Virumaa_algkoolid, lk 13
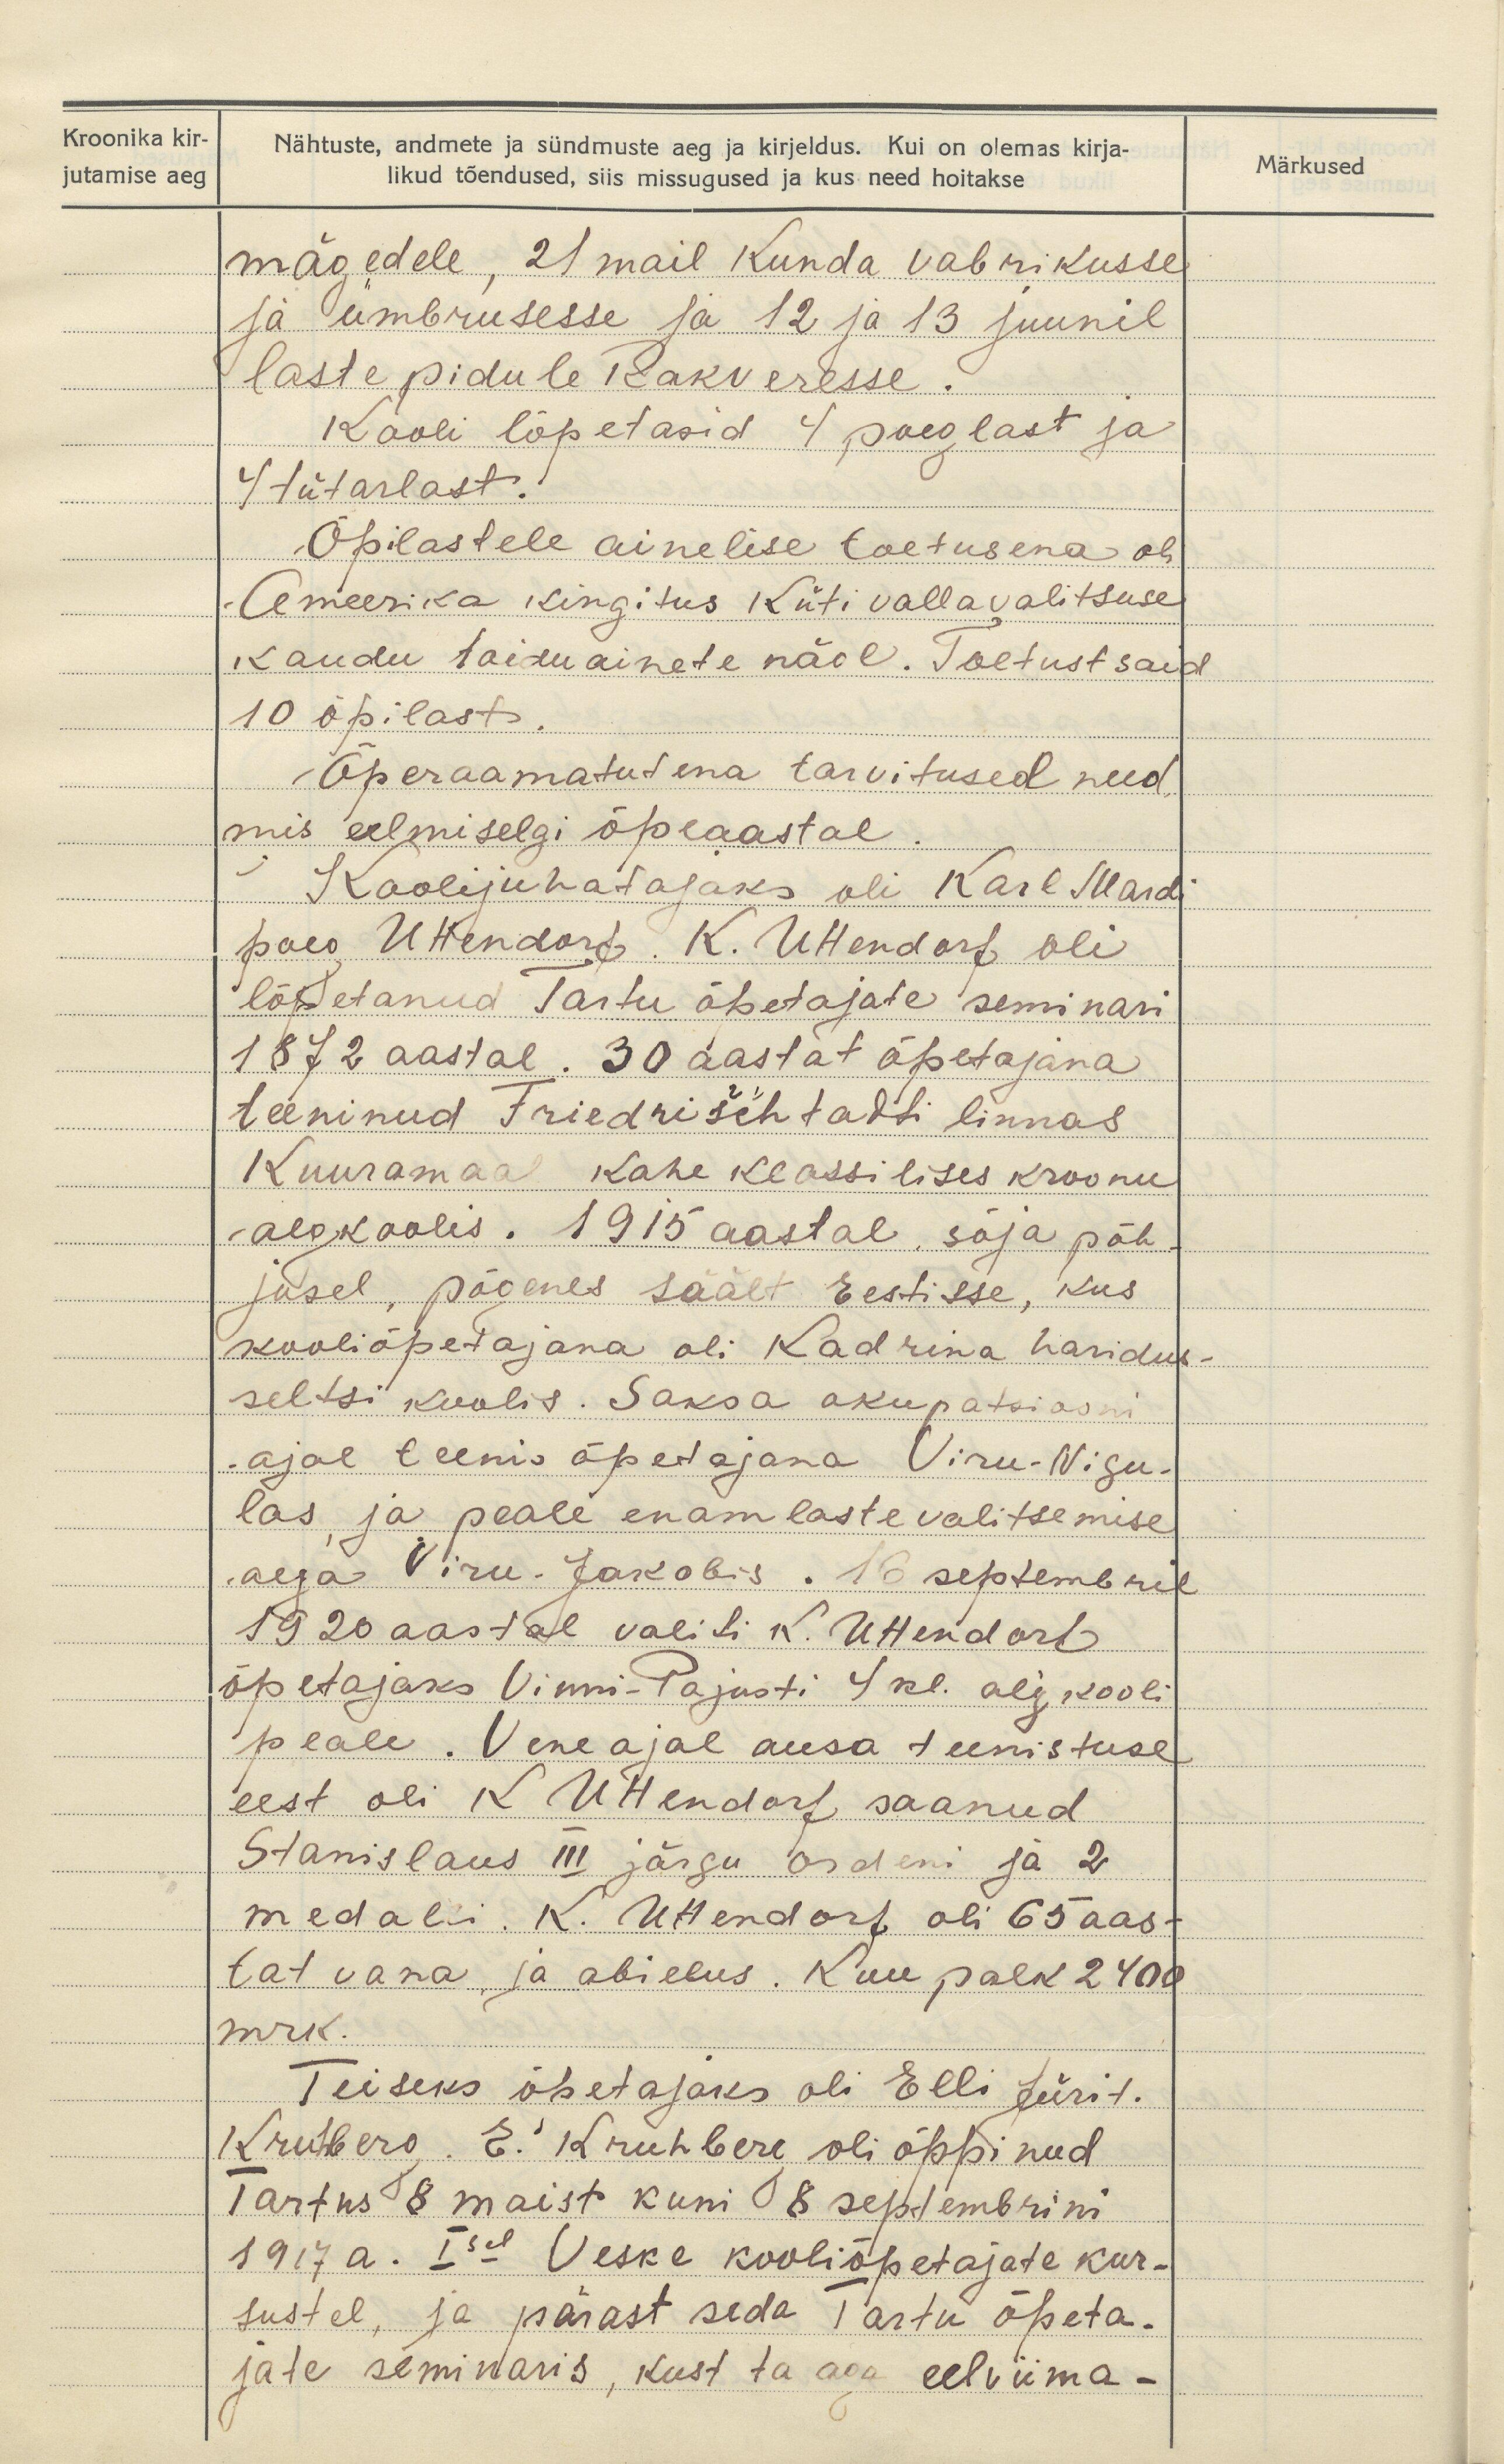
Kroonika kir-
jutamise aeg

Märkused

Nähtuste, andmete ja sündmuste aeg ja kirjeldus. Kui on olemas kirja-
likud tõendused, siis missugused ja kus need hoitakse
mägedele, 21 mail Kunda vabrikusse
ja ümbrusesse ja 12 ja 13 juunil
laste pidule Rakveresse.
Kooli lõpetasid 4 poeglast ja
4 tütarlast.
Õpilastele ainelise toetusena oli
Ameerika kingitus Küti vallavalitsuse
kaudu toiduainete näol. Toetust said
10 õpilast.
Õperaamatutena tarvitused need,
mis eelmiselgi õpeaastal.
Koolijuhatajaks oli Karl Mardi
poeg Uttendorf. K. Uttendorf oli
lõpetanud Tartu õpetajate seminari
1872 aastal. 30 aastat õpetajana
teeninud Friedrischtadti linnas
Kuuramaal kahe klassilises kroonu
algkoolis. 1915 aastal sõja põh-
jusel, põgenes säält Eestisse, kus
kooliõpetajana oli Kadrina haridus-
seltsi koolis. Saksa okupatsiooni
ajal teenis õpetajana Viru-Nigu-
las ja peale enamlaste valitsemise
aega Viru-Jakobis. 16 septembril
1920 aastal valiti K. Uttendorf
õpetajaks Vinni-Pajusti 4 kl. algkooli
peale. Vene ajal ausa teenistuse
eest oli K Uttendof saanud
Stanislaus III järgu orderi ja 2
medali. K. Uttendorf oli 65 aas-
tat vana ja abielus. Kuu palk 2400
mrk.
Teiseks õpetajaks oli Elli Jürit.
Kruhberg. E. Kruhberg oli õppinud
Tartus 8 maist kuni 8 septembrini
1917 a. Isel Veske kooliõpetajate kur-
sustel, ja pärast seda Tartu õpeta-
jate seminaris, kust ta aga eelviima-